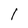
Character: 1